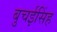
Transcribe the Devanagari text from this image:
बुचईसिंह